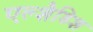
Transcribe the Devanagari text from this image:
एल्शैडिश